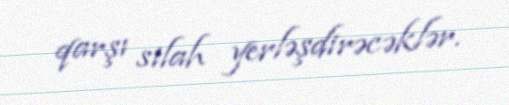
qarşı silah yerləşdirəcəklər.